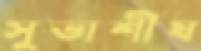
সুভাশীষ